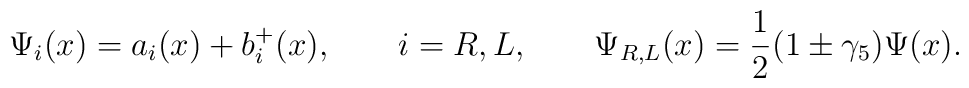
\Psi_i(x)=a_i(x)+b_i^+(x), \qquad i=R,L, \qquad\Psi_{R,L}(x)=\frac12(1\pm\gamma_5)\Psi(x).